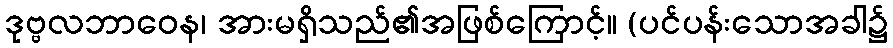
ဒုဗ္ဗလဘာဝေန၊ အားမရှိသည်၏အဖြစ်ကြောင့်။ (ပင်ပန်းသောအခါ၌